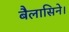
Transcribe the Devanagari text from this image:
बैलासिने।